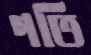
গতি